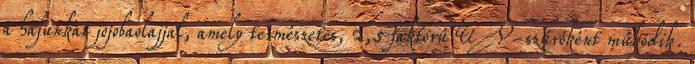
a hajunkat jojobaolajjal, amely természetes, 2,5 faktorú UV-szűrőként működik.